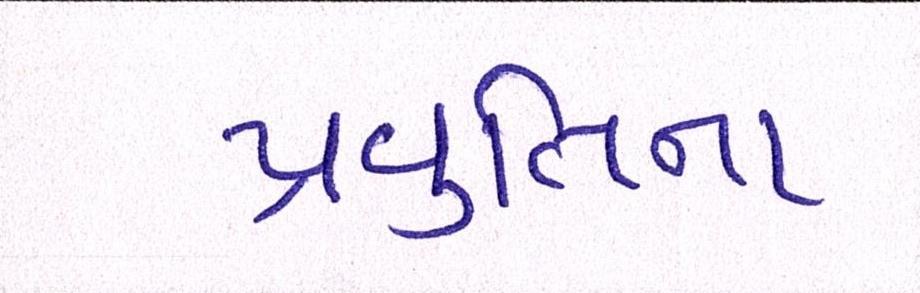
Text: પ્રવૃત્તિના